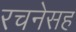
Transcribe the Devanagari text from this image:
रचनेसह